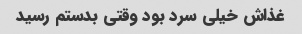
غذاش خیلی سرد بود وقتی بدستم رسید